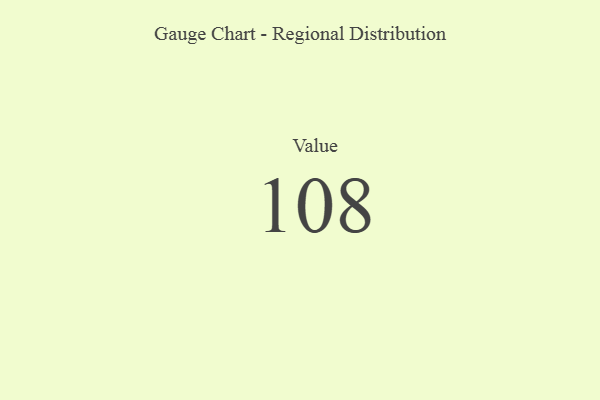
{"axis": {"x": "Metric", "y": "Value"}, "legend": [""], "data": [{"x": "Value", "y": 108, "type": ""}]}